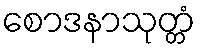
စောဒနာသုတ္တံ